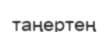
таңертең